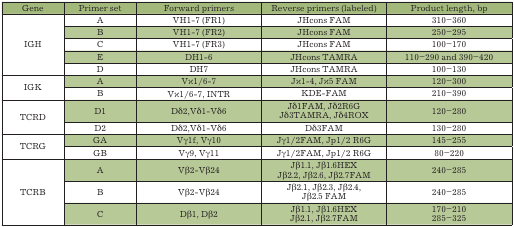
<table><thead><tr><td><b>Gene</b></td><td><b>Primer set</b></td><td><b>Forward primers</b></td><td><b>Reverse primers (labeled)</b></td><td><b>Product length, bp</b></td></tr></thead><tbody><tr><td rowspan="5">IGH</td><td>A</td><td>VH1-7 (FR1)</td><td>JHcons FAM</td><td>310–360</td></tr><tr><td>B</td><td>VH1-7 (FR2)</td><td>JHcons FAM</td><td>250–295</td></tr><tr><td>C</td><td>VH1-7 (FR3)</td><td>JHcons FAM</td><td>100–170</td></tr><tr><td>E</td><td>DH1-6</td><td>JHcons TAMRA</td><td>110–290 and 390–420</td></tr><tr><td>D</td><td>DH7</td><td>JHcons TAMRA</td><td>100–130</td></tr><tr><td rowspan="2">IGK</td><td>A</td><td>Vκ1/6-7</td><td>Jκ1-4, Jκ5 FAM</td><td>120–300</td></tr><tr><td>B</td><td>Vκ1/6-7, INTR</td><td>KDE-FAM</td><td>210–390</td></tr><tr><td rowspan="2">TCRD</td><td>D1</td><td>Dδ2,Vδ1-Vδ6</td><td>Jδ1FAM, Jδ2R6GJδ3TAMRA, Jδ4ROX</td><td>120–280</td></tr><tr><td>D2</td><td>Dδ2,Vδ1-Vδ6</td><td>Dδ3FAM</td><td>130–280</td></tr><tr><td rowspan="2">TCRG</td><td>GA</td><td>Vγ1f, Vγ10</td><td>Jγ1/2FAM, Jp1/2 R6G</td><td>145–255</td></tr><tr><td>GB</td><td>Vγ9, Vγ11</td><td>Jγ1/2FAM, Jp1/2 R6G</td><td>80–220</td></tr><tr><td rowspan="3">TCRB</td><td>A</td><td>Vβ2-Vβ24</td><td>Jβ1.1, Jβ1.6HEXJβ2.2, Jβ2.6, Jβ2.7FAM</td><td>240–285</td></tr><tr><td>B</td><td>Vβ2-Vβ24</td><td>Jβ2.1, Jβ2.3, Jβ2.4,Jβ2.5 FAM</td><td>240–285</td></tr><tr><td>C</td><td>Dβ1, Dβ2</td><td>Jβ1.1, Jβ1.6HEXJβ2.1, Jβ2.7FAM</td><td>170–210285–325</td></tr></tbody></table>